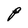
Character: P